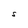
Character: S